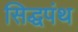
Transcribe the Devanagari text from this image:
सिद्धपंथ